Indian journal of veterinary science and animal husbandry - Volume 9,
Year: 1939
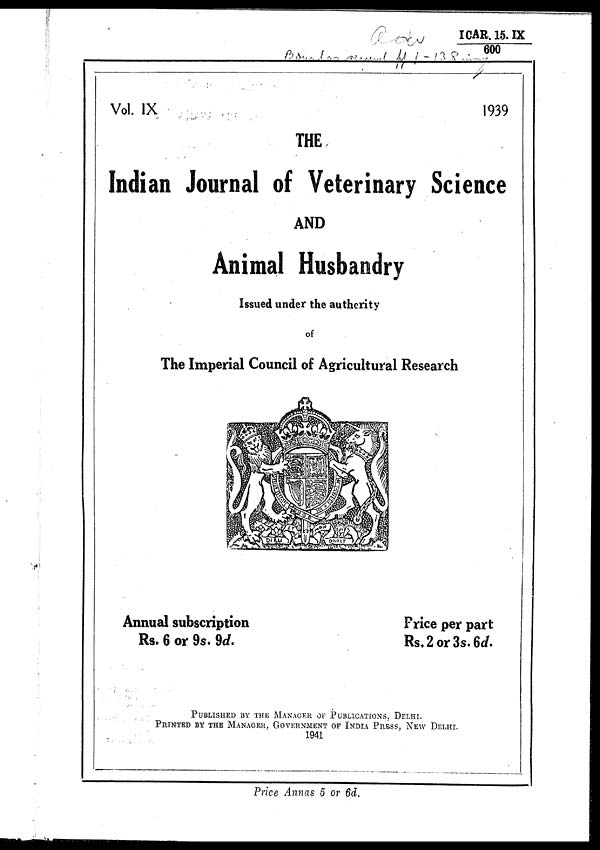
ICAR. 15. IX
/600
Vol. IX
1939
THE
Indian Journal of Veterinary Science
AND
Animal Husbandry
Issued under the authority
of
The Imperial Council of Agricultural Research
Annual subscription
Price
per part
Rs. 6 or 9s. 9d.
Rs.
2 or 3s. 6d.
PUBLISHED BY THE MANAGER OF PUBLICATIONS, DELHI.
PRINTED BY THE MANAGER, GOVERNMENT OF INDIA PRESS, NEW DELHI.
1941
Price Annas 5 or 6d.